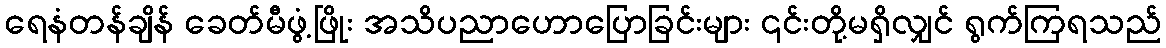
ရေနံတန်ချိန် ခေတ်မီဖွံ့ဖြိုး အသိပညာဟောပြောခြင်းများ ၎င်းတို့မရှိလျှင် ရွက်ကြရသည်